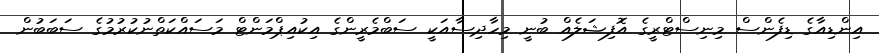
އިންޑިއާގެ ޑިފެންސް މިނިސްޓްރީގެ އޮފިޝަލެއް ބުނީ މިހާދިސާއަކީ ސަބްމެރީންގެ އިކުއިޕްމަންޓް މަސައްކަތްނުކުރުމުގެ ސަބަބުން